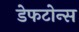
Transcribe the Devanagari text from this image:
डेफटोन्स